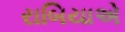
રાબિયાએ